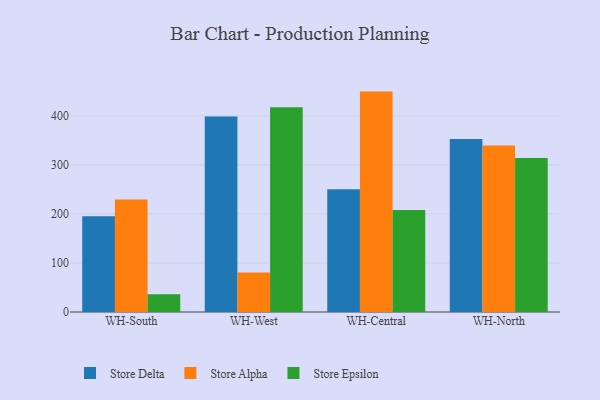
{"axis": {"x": "Warehouse", "y": "Backlog"}, "legend": ["Store Alpha", "Store Delta", "Store Epsilon"], "data": [{"x": "WH-South", "y": 195.2, "type": "Store Delta"}, {"x": "WH-South", "y": 229.6, "type": "Store Alpha"}, {"x": "WH-South", "y": 36.1, "type": "Store Epsilon"}, {"x": "WH-West", "y": 398.5, "type": "Store Delta"}, {"x": "WH-West", "y": 80.6, "type": "Store Alpha"}, {"x": "WH-West", "y": 417.4, "type": "Store Epsilon"}, {"x": "WH-Central", "y": 250.4, "type": "Store Delta"}, {"x": "WH-Central", "y": 449.4, "type": "Store Alpha"}, {"x": "WH-Central", "y": 208.0, "type": "Store Epsilon"}, {"x": "WH-North", "y": 352.7, "type": "Store Delta"}, {"x": "WH-North", "y": 339.3, "type": "Store Alpha"}, {"x": "WH-North", "y": 313.9, "type": "Store Epsilon"}]}